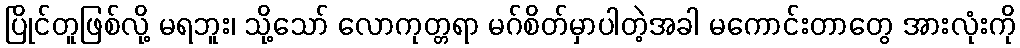
ပြိုင်တူဖြစ်လို့ မရဘူး၊ သို့သော် လောကုတ္တရာ မဂ်စိတ်မှာပါတဲ့အခါ မကောင်းတာတွေ အားလုံးကို